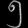
Digit: ၅